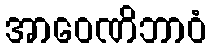
အာဝေဏိဘာဝံ